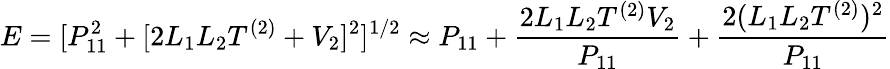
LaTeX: E=[P_{11}^{2}+[2L_{1}L_{2}T^{(2)}+V_{2}]^{2}]^{1/2}\approx P_{11}+\frac{2L_{1}L_{2}T^{(2)}V_{2}}{P_{11}}+{\frac{2(L_{1}L_{2}T^{(2)})^{2}}{P_{11}}}